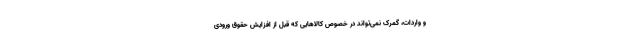
و واردات، گمرک نمی‌تواند در خصوص کالاهایی که قبل از افزایش حقوق ورودی